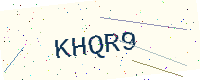
Text: KHQR9